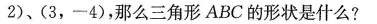
2)、(3，-4)，那么三角形ABC的形状是什么?